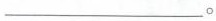
___。